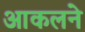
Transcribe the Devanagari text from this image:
आकलने